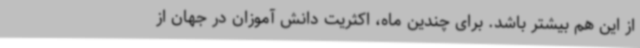
از این هم بیشتر باشد. برای چندین ماه، اکثریت دانش آموزان در جهان از